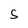
Character: S